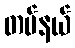
တပ်နယ်